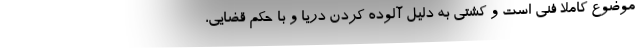
موضوع کاملا فنی است و کشتی به دلیل آلوده کردن دریا و با حکم قضایی،